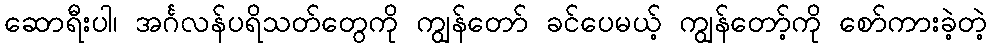
ဆောရီးပါ၊ အင်္ဂလန်ပရိသတ်တွေကို ကျွန်တော် ခင်ပေမယ့် ကျွန်တော့်ကို စော်ကားခဲ့တဲ့